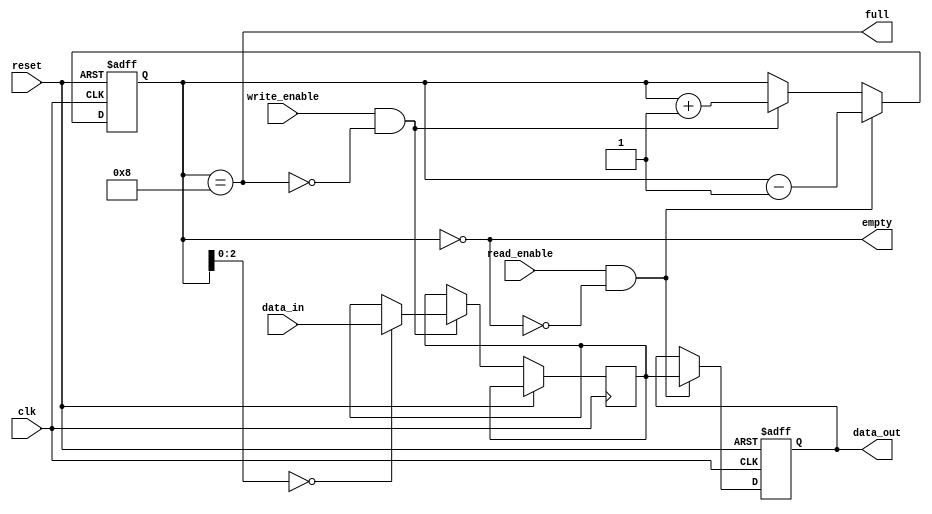
module Parametrizable_FIFO
#(
    parameter DATA_WIDTH = 8,
    parameter DEPTH = 8
)
(
    input wire clk,
    input wire reset,
    input wire write_enable,
    input wire read_enable,
    input wire [DATA_WIDTH-1:0] data_in,
    output reg [DATA_WIDTH-1:0] data_out,
    output wire full,
    output wire empty
);

reg [DATA_WIDTH-1:0] fifo[0:DEPTH-1];
reg [DATA_WIDTH-1:0] data_out_reg;
reg [DEPTH-1:0] count;

always @(posedge clk or posedge reset)
begin
    if (reset)
    begin
        count <= 0;
        data_out_reg <= 0;
    end
    else
    begin
        if (write_enable && !full)
        begin
            fifo[count] <= data_in;
            count <= count + 1;
        end
        if (read_enable && !empty)
        begin
            data_out_reg <= fifo[0];
            count <= count - 1;
        end
    end
end

assign full = (count == DEPTH);
assign empty = (count == 0);
assign data_out = data_out_reg;

endmodule